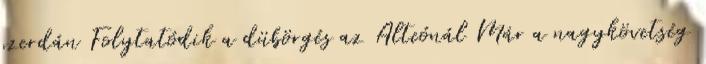
szerdán Folytatódik a dübörgés az Alteónál Már a nagykövetség